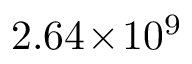
2 . 6 4 \! \times \! 1 0 ^ { 9 }